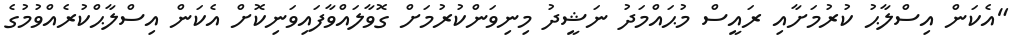
"އެކަން އިސްލާޙު ކުރުމަށާއި ރައީސް މުޙައްމަދު ނަޝީދު މިނިވަންކުރުމަށް ގޮވާލައްވާފައިވަނިކޮށް އެކަން އިސްލާޙްކުރެއްވުމުގެ